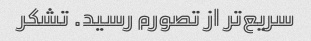
سریع‌تر از تصورم رسید. تشکر